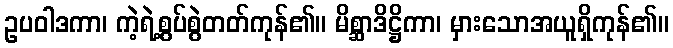
ဥပဝါဒကာ၊ ကဲ့ရဲ့စွပ်စွဲတတ်ကုန်၏။ မိစ္ဆာဒိဋ္ဌိကာ၊ မှားသောအယူရှိကုန်၏။